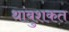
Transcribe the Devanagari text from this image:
थांबुशकत